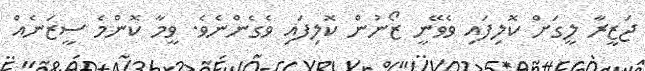
ޖަޒީރާ ލީގަށް ކޮލިފައި ވެވޭނީ ޒޯނުން ކޮލިފައި ވެގެންނެވެ. ވީމާ ކޮންމެ ސީޒަނެއް